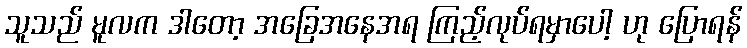
သူသည် မူလက ဒါတော့ အခြေအနေအရ ကြည့်လုပ်ရမှာပေါ့ ဟု ပြောရန်